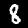
Label: 8